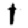
Digit: 1